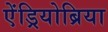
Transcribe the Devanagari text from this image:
ऐंड्रियोब्रिया